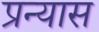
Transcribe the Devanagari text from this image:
प्रन्‍यास